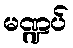
မဏ္ဍပ်